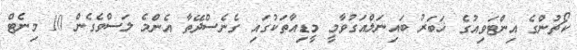
ކޯޗުންގެ އިންޓަވިއުގެ ޚަބަރު ބައިނަލްއަގުވާމީ މީޑިއާތަކުގައި ގެނެސްދޭތާ އެންމެ ލަސްވެގެން 10 މިނެޓް